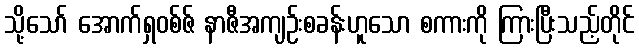
သို့သော် အောက်ရှဝစ်ဇ် နာဇီအကျဉ်းစခန်းဟူသော စကားကို ကြားပြီးသည့်တိုင်